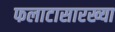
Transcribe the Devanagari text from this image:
फलाटासारख्या